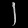
Digit: ၂